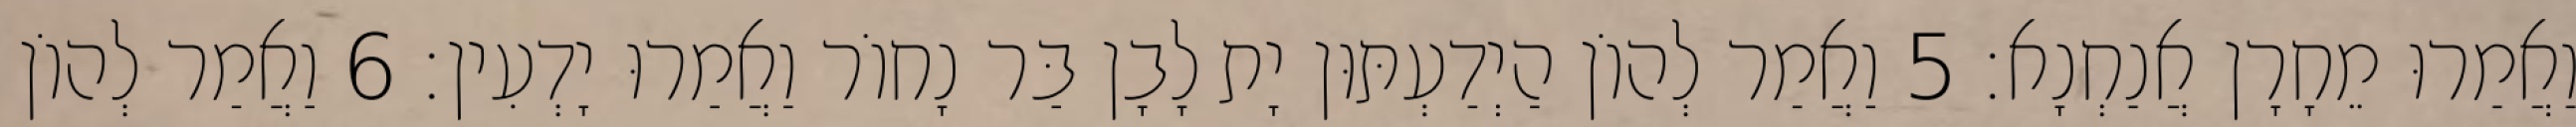
וַאֲמַרוּ מֵחָרָן אֲנַחְנָא׃ 5 וַאֲמַר לְהוֹן הַיְדַעְתּוּן יָת לָבָן בַּר נָחוֹר וַאֲמַרוּ יָדְעִין׃ 6 וַאֲמַר לְהוֹן